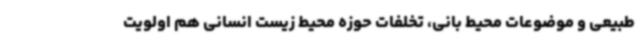
طبیعی و موضوعات محیط بانی، تخلفات حوزه محیط زیست انسانی هم اولویت